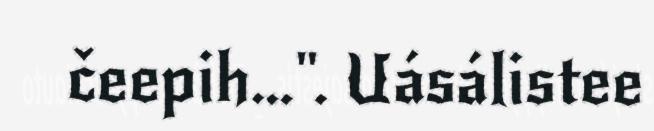
čeepih…". Uásálistee